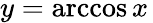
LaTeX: y=\operatorname{arccos}x\,